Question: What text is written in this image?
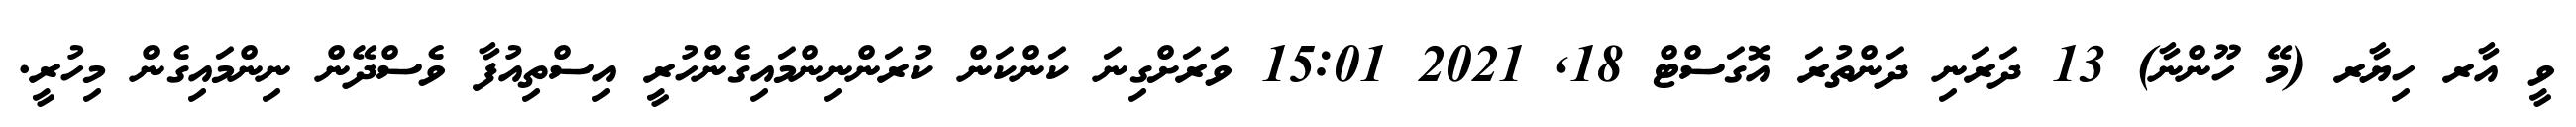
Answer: ވީ އާރ ހިޔާރ (މޭ ހޫންނާ) 13 ދަރަނި ދަންތުރަ އޮގަސްޓް 18, 2021 15:01 ވަރަށްގިނަ ކަންކަން ކުރަންނިންމައިގެންހުރީ އިސްތިއުފާ ވެސްދޭން ނިންމައިގެން މިހުރީ.